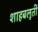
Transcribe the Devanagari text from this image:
शाहबलूती